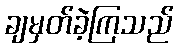
ချမှတ်ခဲ့ကြသည်